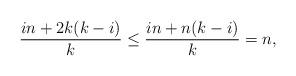
LaTeX: \begin{align*}\frac{in + 2k(k-i)}{k} \le \frac{in + n(k-i)}{k}= n, \end{align*}